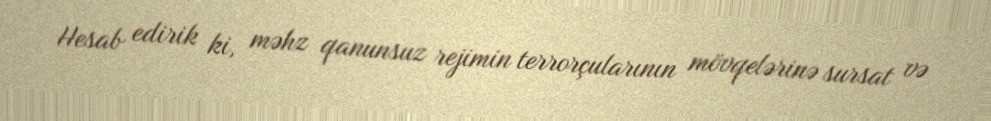
Hesab edirik ki, məhz qanunsuz rejimin terrorçularının mövqelərinə sursat və